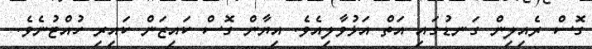
ގޮސް ރެއިލިން ގަނޑުގައި އަތް އަޅުވާލިއެވެ. އިޔާން ގޮސް ކައިޒަން ކައިރި ހުއްޓުނެވެ.